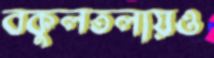
বকুলতলায়ও